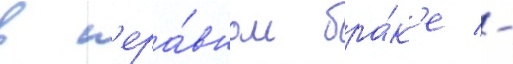
в н'ера́вном бра́к'е -